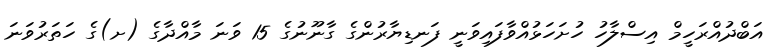
އަބްދުއްރަހީމް އިސްލާހު ހުށަހަޅުއްވާފައިވަނީ ފަނޑިޔާރުންގެ ގާނޫނުގެ 15 ވަނަ މާއްދާގެ (ށ)ގެ ހަތަރުވަނަ